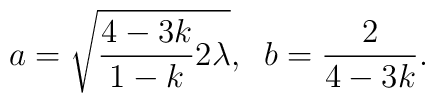
a=\sqrt{\frac{4-3k}{1-k}2\lambda},\;\;b=\frac{2}{4-3k}.